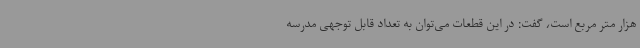
هزار متر مربع است، گفت: در این قطعات می‌توان به تعداد قابل توجهی مدرسه